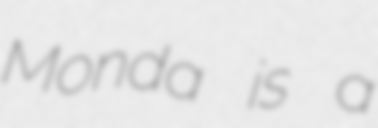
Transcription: Monda is a